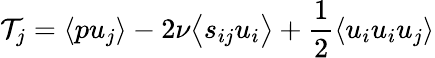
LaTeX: \mathcal{T}_{j}=\langle pu_{j}\rangle-2\nu\bigl\langle s_{ij}u_{i}\bigr\rangle+\frac{1}{2}\langle u_{i}u_{i}u_{j}\rangle